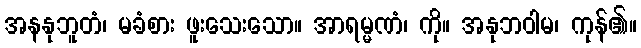
အနနုဘူတံ၊ မခံစား ဖူးသေးသော။ အာရမ္မဏံ၊ ကို။ အနုဘဝါမ၊ ကုန်၏။